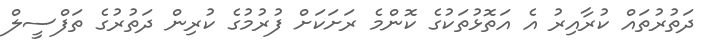
ދަތުރުތައް ކުރާއިރު އެ އަތޮޅުތަކުގެ ކޮންމެ ރަށަކަށް ފުރުމުގެ ކުރިން ދަތުރުގެ ތަފްސީލް